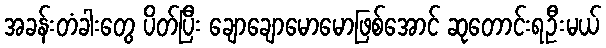
အခန်းတံခါးတွေ ပိတ်ပြီး ချောချောမောမောဖြစ်အောင် ဆုတောင်းရဦးမယ်